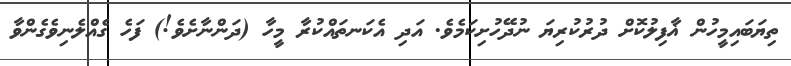
ތިޔަބައިމީހުން ޣާފިލުކޮށް ދުރުކުރިޔަ ނުދޭހުށިކަމެވެ. އަދި އެކަނތައްކުރާ މީހާ (ދަންނާށެވެ!) ފަހެ ގެއްލެނިވެގެންވާ